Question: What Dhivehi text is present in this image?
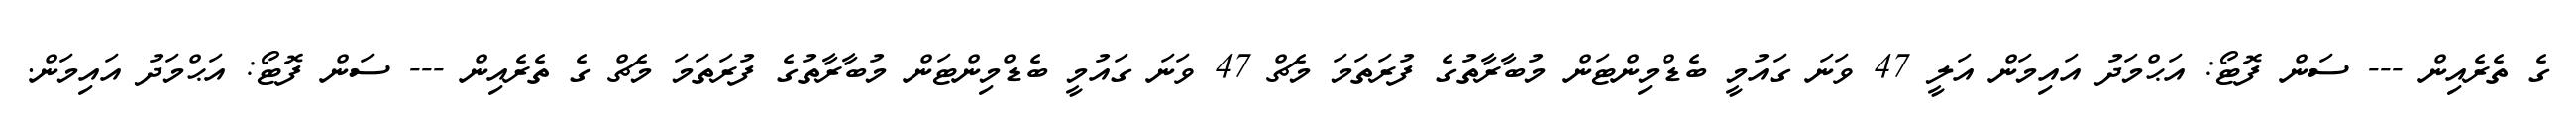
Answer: ގެ ތެރެއިން --- ސަން ފޮޓޯ: އަޙްމަދު އައިމަން އަލީ 47 ވަނަ ގައުމީ ބެޑްމިންޓަން މުބާރާތުގެ ފުރަތަމަ މެޗް 47 ވަނަ ގައުމީ ބެޑްމިންޓަން މުބާރާތުގެ ފުރަތަމަ މެޗް ގެ ތެރެއިން --- ސަން ފޮޓޯ: އަޙްމަދު އައިމަން.